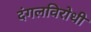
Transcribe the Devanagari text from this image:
दंगलविरोधी